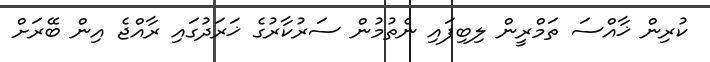
ކުރިން ޚާއްސަ ތަމްރީން ލިބިފައި ނެތުމުން ސަރުކާރުގެ ޚަރަދުގައި ރާއްޖެ އިން ބޭރަށް